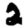
Digit: 2